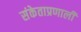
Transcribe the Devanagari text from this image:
संकेताप्रणाली